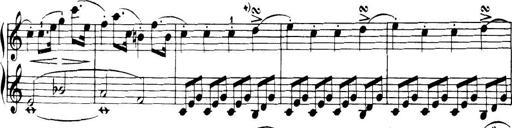
Title: 32 Sonatinas and Rondos for the Piano
Composer: Richard Kleinmichel